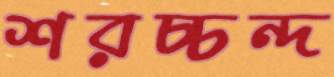
শরচ্চন্দ